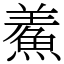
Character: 鮺